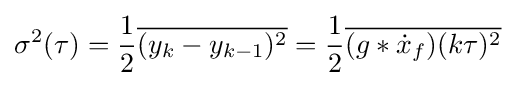
\sigma ^{2}(\tau )={\frac {1}{2}}{\overline {(y_{k}-y_{k-1})^{2}}}={\frac {1}{2}}{\overline {(g\ast {\dot {x}}_{f})(k\tau )^{2}}}